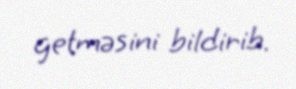
getməsini bildirib.